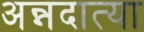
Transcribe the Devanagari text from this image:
अन्नदात्या